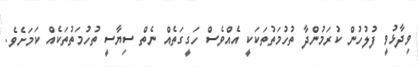
ވިދާޅުވީ ފުލުހުން ކުރަމުންދާ ތުހުމަތުތަކަކީ އެއްވެސް ހަގީގަތެއް ނެތް ސިޔާސީ ތުހުމަތުތަކެއް ކަމަށެވެ.